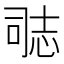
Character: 𭝝